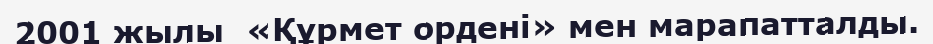
2001 жылы  «Құрмет ордені» мен марапатталды.